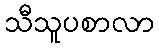
သီသူပစာလာ